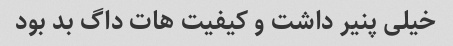
خیلی پنیر داشت و کیفیت هات داگ بد بود